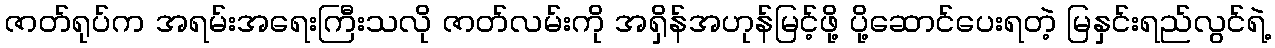
ဇာတ်ရုပ်က အရမ်းအရေးကြီးသလို ဇာတ်လမ်းကို အရှိန်အဟုန်မြင့်ဖို့ ပို့ဆောင်ပေးရတဲ့ မြနှင်းရည်လွင်ရဲ့